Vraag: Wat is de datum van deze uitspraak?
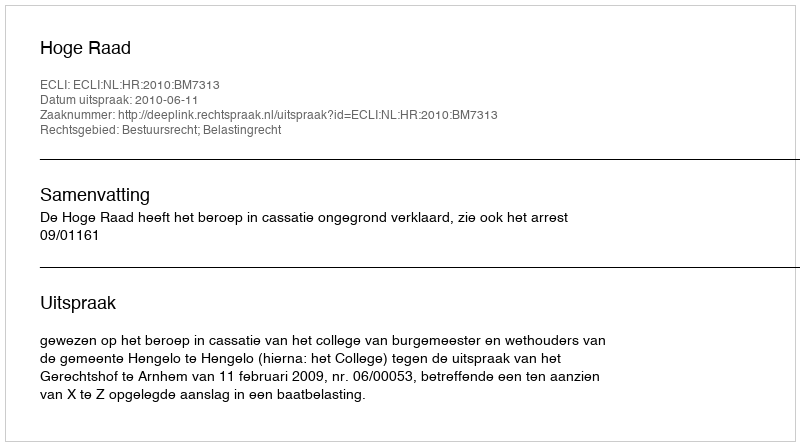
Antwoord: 2010-06-11